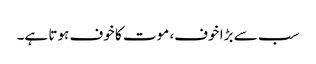
سب سے بڑا خوف، موت کا خوف ہوتا ہے۔